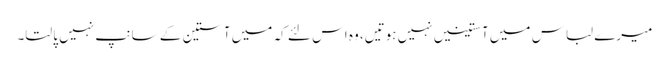
میرے لباس میں آستینیں نہیں ہوتیں، وہ اس لئے کہ میں آستین کے سانپ نہیں پالتا۔